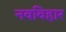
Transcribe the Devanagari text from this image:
नवविहार